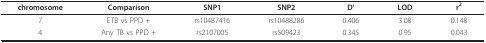
| chromosome | Comparison | SNP1 | SNP2 | D' | LOD | r2 |
 | --- | --- | --- | --- | --- | --- | --- |
 | 7 | ETB vs PPD + | rs10487416 | rs10488286 | 0.406 | 3.08 | 0.148 |
 | 4 | Any TB vs PPD + | rs2107005 | rs509423 | 0.345 | 0.95 | 0.043 |